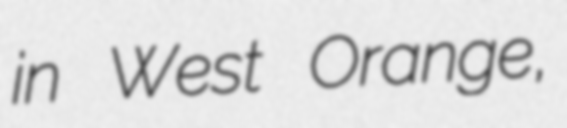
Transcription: in West Orange,